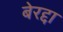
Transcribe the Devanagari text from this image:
बेरद्दा